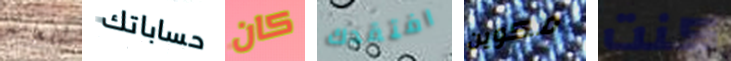
للعامة حساباتك كان افتقدك مكوين كنت